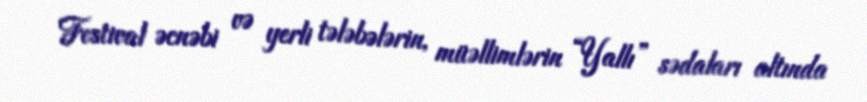
Festival əcnəbi və yerli tələbələrin, müəllimlərin “Yallı” sədaları altında